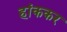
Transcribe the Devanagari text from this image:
हांककर